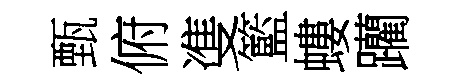
甄俯㕠籃螻躪